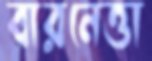
বারনেত্তা